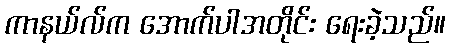
ကာနယ်လ်က အောက်ပါအတိုင်း ရေးခဲ့သည်။